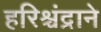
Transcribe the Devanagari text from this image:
हरिश्चंद्राने